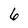
Character: 6